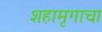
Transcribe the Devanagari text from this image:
शहामृगाचा